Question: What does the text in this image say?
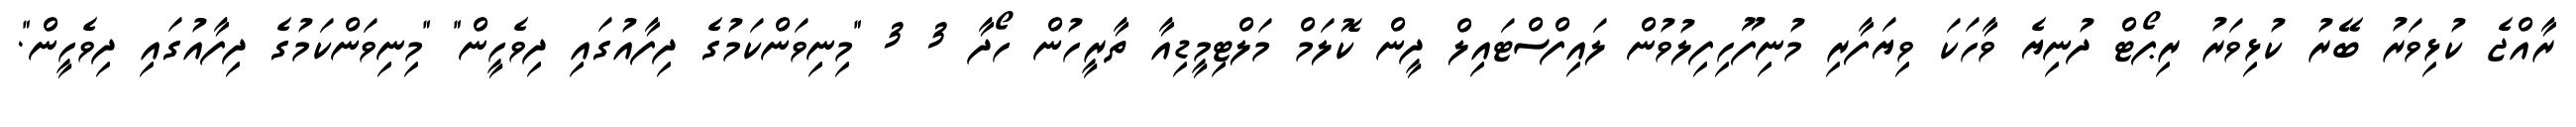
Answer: ރާއްޖެ ކުޅިވަރު ބޭރު ކުޅިވަރު ރިޕޯޓް ދުނިޔެ ވާހަކަ ވިޔަފާރި މުނިފޫހިފިލުވުން ލައިފްސްޓައިލް ދީން ކޮލަމް މަލްޓިމީޑިއާ ތާރީހުން ހޯދާ 3 3 "މިނިވަންކަމުގެ ދިފާއުގައި ދިވެހީން" "މިނިވަންކަމުގެ ދިފާއުގައި ދިވެހީން".